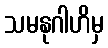
သမနုဂါဟိမှ